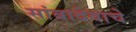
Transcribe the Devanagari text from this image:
सांबादेवाचे